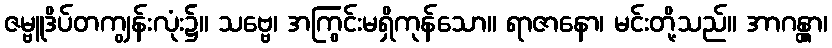
ဇမ္ဗူဒိပ်တကျွန်းလုံး၌။ သဗ္ဗေ၊ အကြွင်းမရှိကုန်သော။ ရာဇာနော၊ မင်းတို့သည်။ အာဂန္တွာ၊